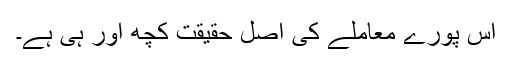
اس پورے معاملے کی اصل حقیقت کچھ اور ہی ہے۔